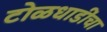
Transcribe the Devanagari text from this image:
टोळधाडींचा